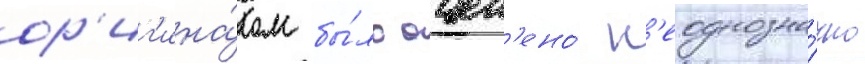
ор'иг'ина́лом бы́ло оцен'ено́ н'еоднозна́чно